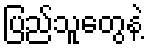
ပြည်သူတွေနဲ့